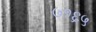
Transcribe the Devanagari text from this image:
७१६५